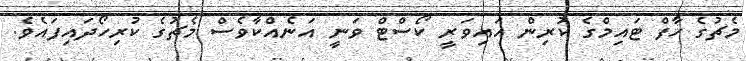
މެޗުގެ ހާފް ޓައިމްގެ ކުރިން އައިވަރީ ކޯސްޓް ވަނީ އަނެއްކާވެސް މެޗުގެ ކުރިހޯދައިފައެވެ.